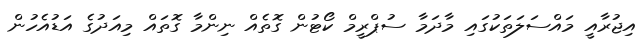
އިޖުރާއީ މައްސަލަތަކުގައި މާދަމާ ސުޕްރީމް ކޯޓުން ގޮތެއް ނިންމާ ގޮތައް މިއަދުގެ އަޑުއެހުން